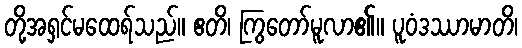
တို့အရှင်မထေရ်သည်။ ဧတိ၊ ကြွတော်မူလာ၏။ ပူဝံဒဿာမာတိ၊